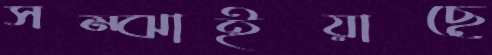
সম্‌ঝাইয়াছে